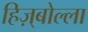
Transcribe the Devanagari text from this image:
हिज़्बोल्ला